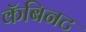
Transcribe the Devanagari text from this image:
कॅबिनट